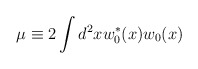
\begin{align*}\mu\equiv 2\int d^2x w^*_0(x) w_0(x)\end{align*}